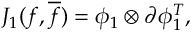
J _ { 1 } ( f , { \overline { { f } } } ) = { \phi } _ { 1 } \otimes { \partial } { \phi } _ { 1 } ^ { T } ,